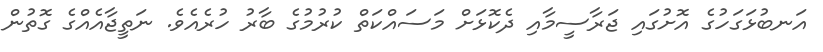
އަނބުޅަގަހުގެ އޮށުގައި ޖަރާސީމާއި ދެކޮޅަށް މަސައްކަތް ކުރުމުގެ ބާރު ހުރެއެވެ. ނަތީޖާއެއްގެ ގޮތުން